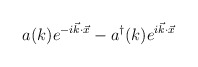
\begin{align*}a(k) e^{-i\vec{k} \cdot \vec{x} } - a^\dagger (k) e^{i \vec{k} \cdot \vec{x} }\end{align*}